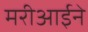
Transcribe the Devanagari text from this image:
मरीआईने